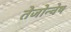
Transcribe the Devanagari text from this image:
तेजोन्वेष